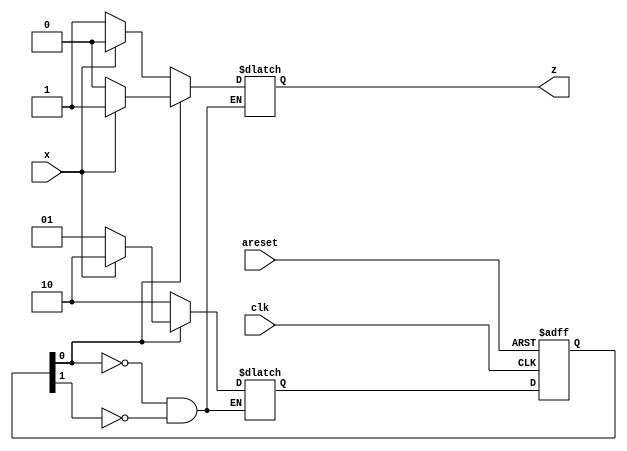
module top_module (
    input clk,
    input areset,
    input x,
    output reg z
); 
    parameter S0= 2'b01, S1= 2'b10 ; // One Hot Encoding
  reg [1:0] state, next_state ;
    
    always @(posedge clk,posedge areset)begin
        if(areset)
            state <= S0;
        else
            state <= next_state ;
    end
    
    always @(*)begin
      case(1'b1)
        state[0]: begin
                next_state = x ? S1:S0 ;
                z = x ? 1'b1: 1'b0 ;
            end
        state[1]: begin
                next_state = x ? S1:S1 ;
                z = x ? 1'b0: 1'b1 ; 
            end
        endcase
    end

endmodule